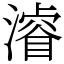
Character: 𣿰